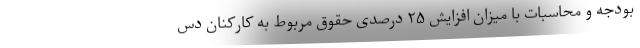
بودجه و محاسبات با میزان افزایش ۲۵ درصدی حقوق مربوط به کارکنان دس